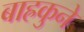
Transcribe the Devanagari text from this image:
बाह्रकुने